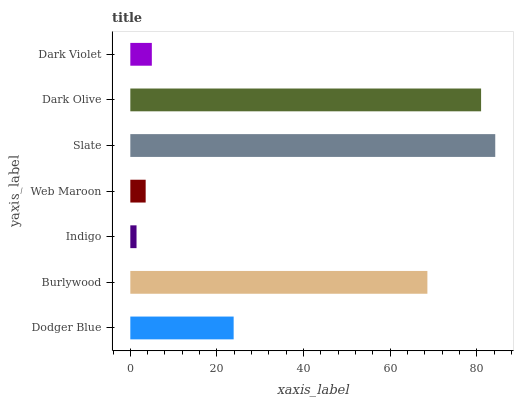
| yaxis_label | bars |
 | --- | --- |
 | Dodger Blue | 23.9 |
 | Burlywood | 68.6 |
 | Indigo | 1.44 |
 | Web Maroon | 3.55 |
 | Slate | 84.3 |
 | Dark Olive | 81 |
 | Dark Violet | 4.97 |